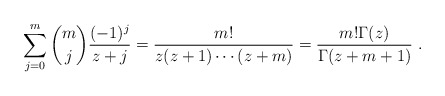
\begin{align*} \sum_{j=0}^{m} \binom{m}{j} \frac{(-1)^j}{z+j}=\frac{m!}{z(z+1)\cdots(z+m)}=\frac{m!\Gamma(z)}{\Gamma(z+m+1)}\ .\end{align*}